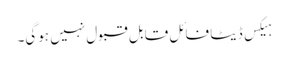
ہیکس ڈیٹا فائل قابل قبول نہیں ہوگی۔